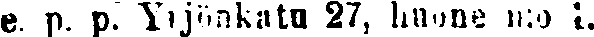
e. p. p. Yrjönkatu 27, huone n:o 1.